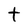
Character: t